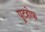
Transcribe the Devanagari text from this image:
पुटहोफ